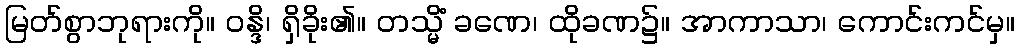
မြတ်စွာဘုရားကို။ ဝန္ဒိ၊ ရှိခိုး၏။ တသ္မိံ ခဏေ၊ ထိုခဏ၌။ အာကာသာ၊ ကောင်းကင်မှ။